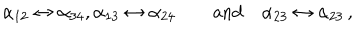
\alpha _ { 1 2 } \leftrightarrow \alpha _ { 3 4 } , \alpha _ { 1 3 } \leftrightarrow \alpha _ { 2 4 } \qquad \mathrm { a n d } \quad \alpha _ { 2 3 } \leftrightarrow \alpha _ { 2 3 } \, ,